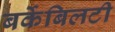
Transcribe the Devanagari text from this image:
बर्केबिलटी